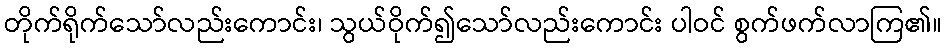
တိုက်ရိုက်သော်လည်းကောင်း၊ သွယ်ဝိုက်၍သော်လည်းကောင်း ပါဝင် စွက်ဖက်လာကြ၏။